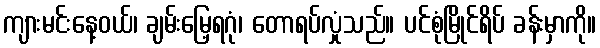
ကျားမင်းနေ့ဝယ်၊ ချမ်းမြေ့ရဂုံ၊ တောရပ်လှုံသည်။ ပင်စုံမြိုင်ရိပ် ခန်းမှာကို။